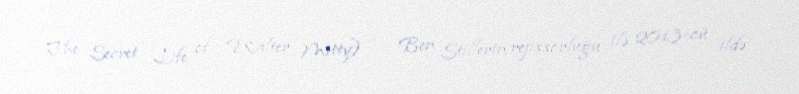
The Secret Life of Walter Mitty) — Ben Stillerin rejissorluğu ilə 2013-cü ildə